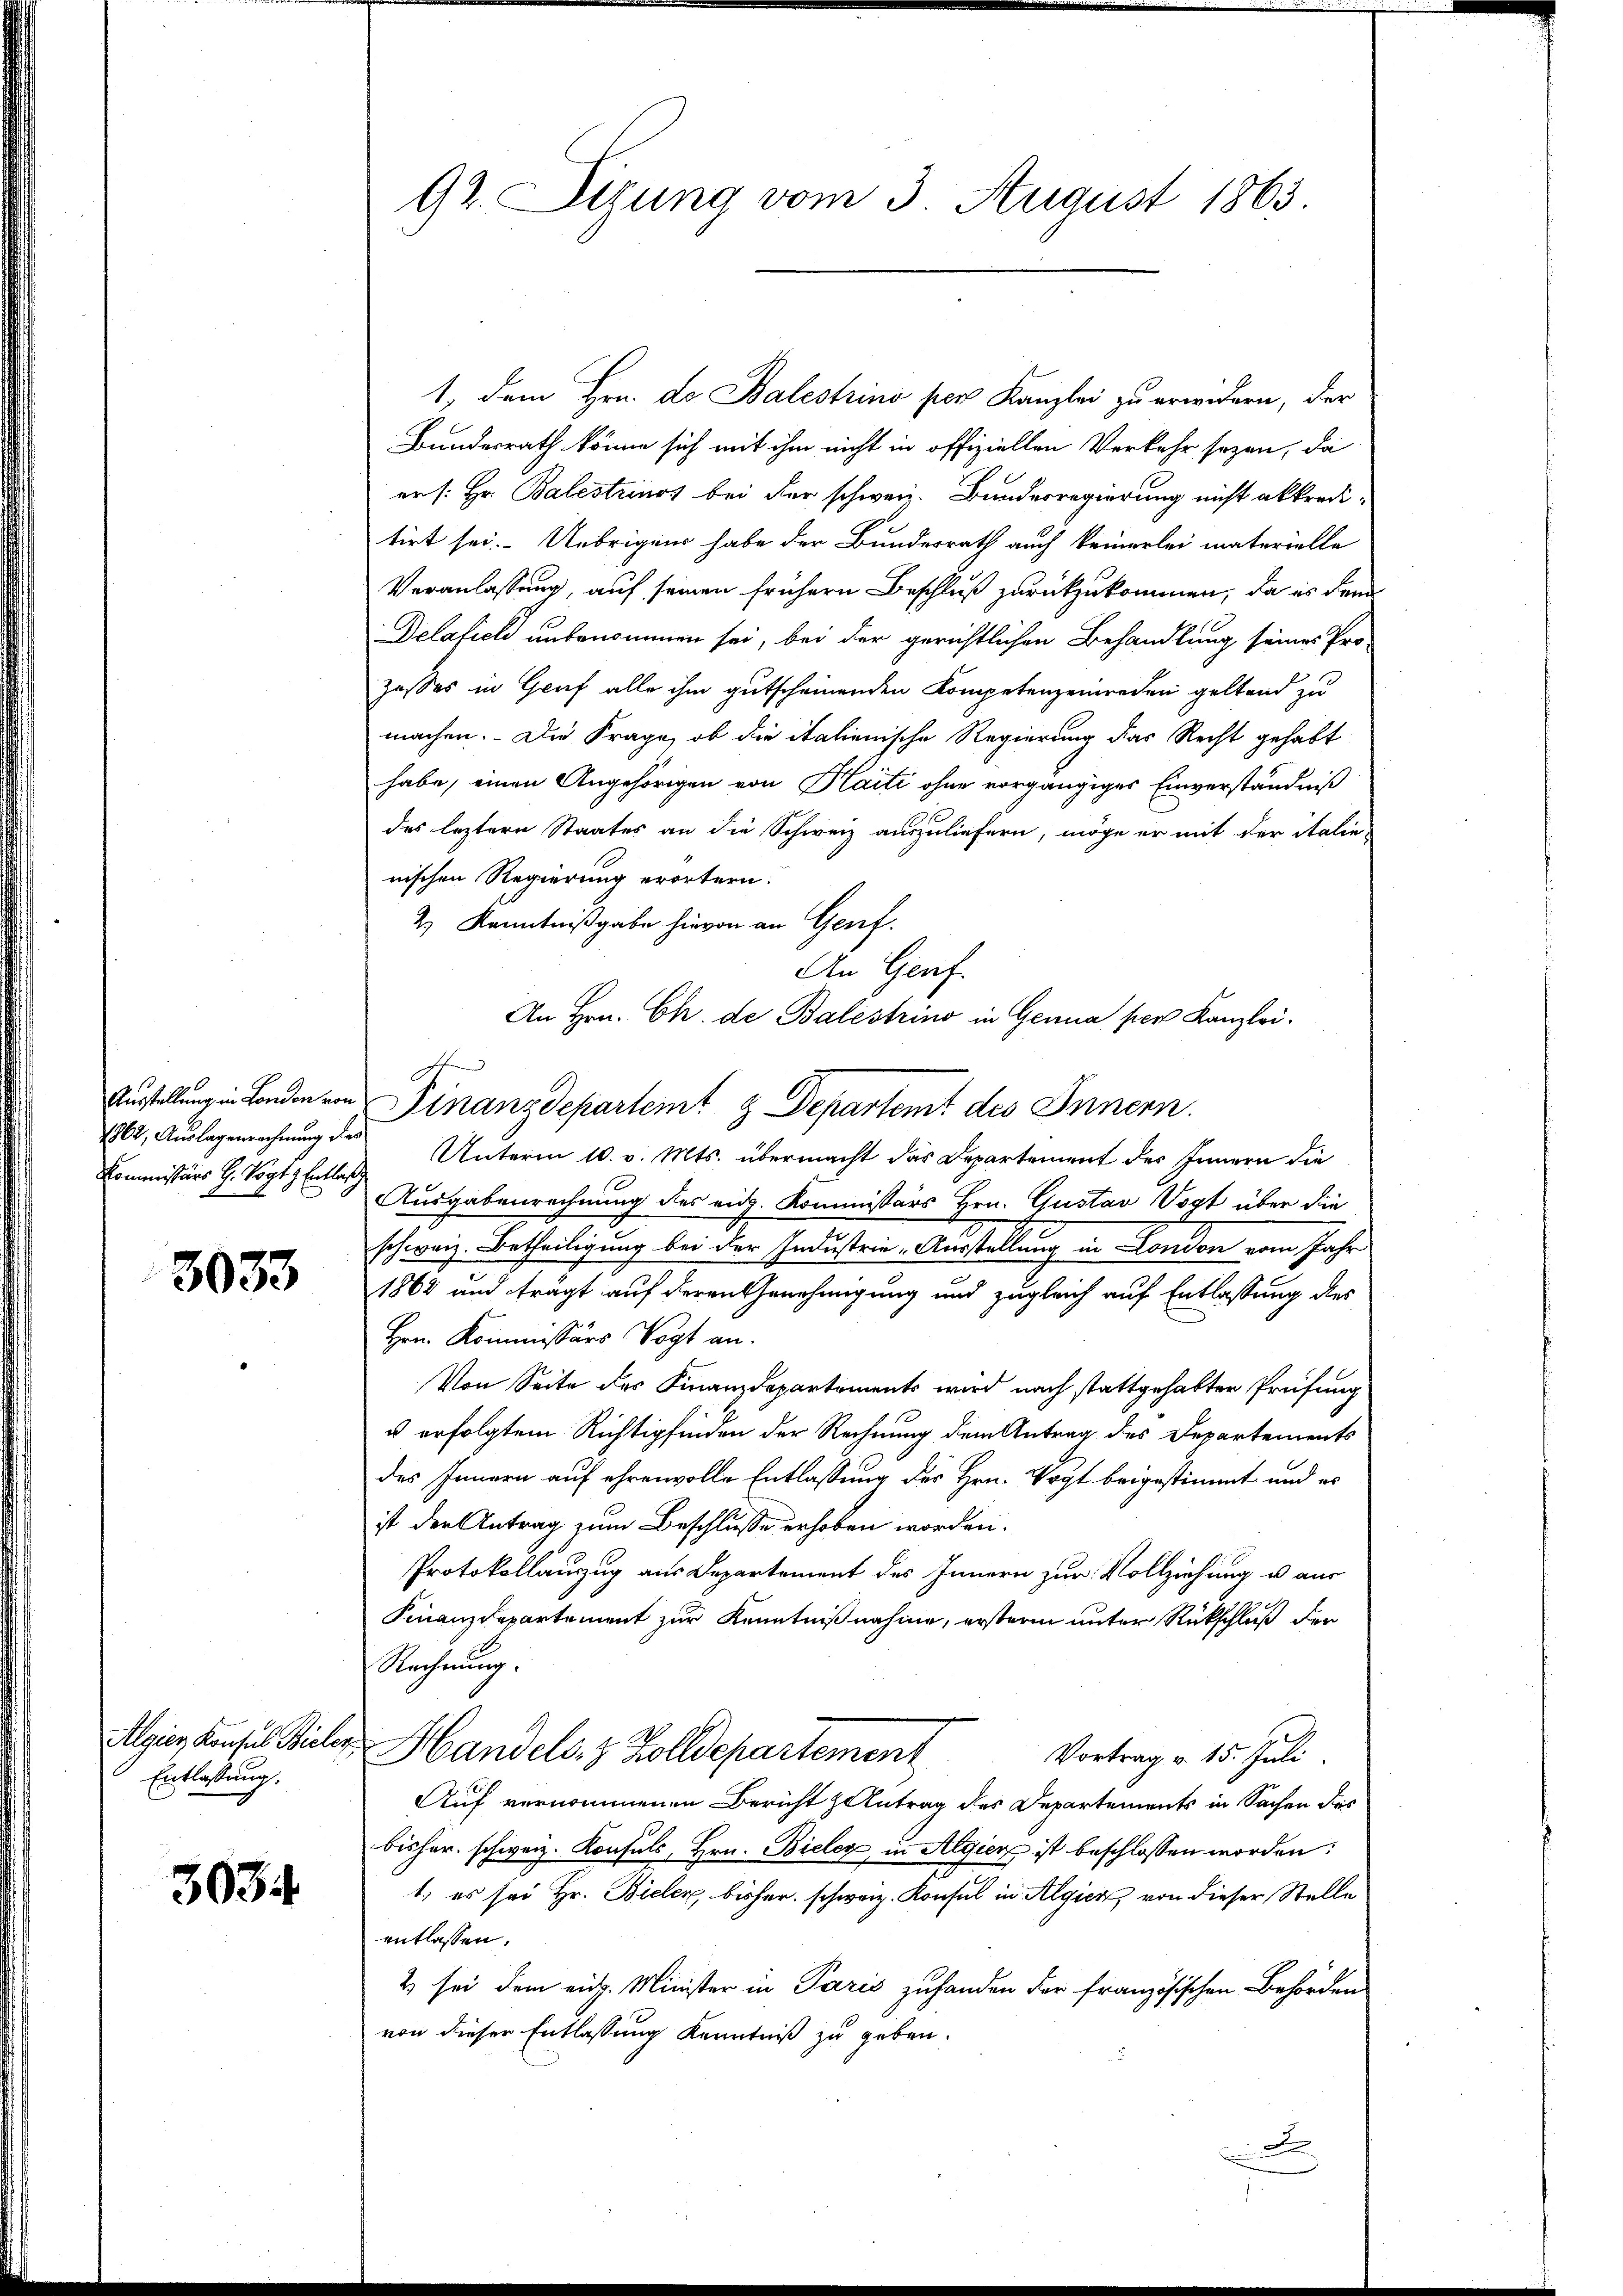
1862, Auslagenrechnung dies
Koministers H. Vogty Entlas

3033

Algien Konsul Bieler,
Entlassung.

3034

92. Situng vom 3. August 1863.

1, dem Hrn. Dr Balestrino per Kanzlei zu erwidern, der
Bundesrath könne sich mit ihm nicht in offiziellen Verkehr sezen, da
er /: Hr. Balestrinos bei der schweiz. Bundesregierung nicht akkreditirt sei. Uebrigen habe der Bundesrath auch keinerlei materielle
Veranlassung, auf seinen frühern Beschluß zurückzukommen, da es dem
Delafich unbenommen sei, bei der gerichtlichen Behandlung seines Pro-
zosses in Gruf alle ihm gutscheinenden Kompetenzeinreden geltend zu
machen. Die Frage, ob die italienische Regierung das Recht gehabt
habe, einen Angehörigen von Kaiti ohne vorgängiges Einverständniß
des leztern Staates an die Schweiz auszuliefern, möge er mit der italie-
nischen Regierung erörtern.
2) Kenntnißgabe hievon an Genf.
An Genf.
An Hrn. Ch. de Balestrino in Genua per Kanzlei.
Austellung in London von Finanzdepartemt & Departemt des Innern.
Unterm 10. v. Mts. übermacht das Departement des Innern die
Ausgabenrechnung des eid. Kommissärs Hrn. Gustav Vogt über die
schweiz. Betheiligung bei der Industrie-Ausstellung in London vom Jahr
1862 und trägt auf deren Genehmigung und zugleich auf Entlassung des
Hrn. Kommissärs Vogt an.
Von Seite des Finanzdepartements wird nach stattgehabter Prüfung
u erfolgtem Richtipfinden der Rechnung dem Antrag des Departements
des Innern auf ehrenvolle Entlassung des Hrn. Vogt beigestimmt und es
ist der Antrag zum Beschlusse erhoben worden.
Protokollauszug aus Departement des Innern zur Vollziehung u. aus
Finanzdepartement zur Kenntnißnahme, ersteren unter Rückschluß der
Rechnung.
Handels- & Zolldepartement
Vortrag v. 15. Juli.
Auf vernommenen Bericht antrag des Departements in Sachen des
bisher schweiz. Konsuls, Hrn. Bieler, in Algien ist beschlossen worden:
1., es sei Hr. Bieler, bisher schweiz. Konsul in Algier von dieser Stelle
entlassen.
2 sei dem ein. Minister in Paris zuhanden der französischen Behörden
von dieser Entlassung Kenntniß zu geben.
D

stn